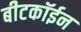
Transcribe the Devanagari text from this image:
बीटकॉईन